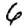
Digit: 6